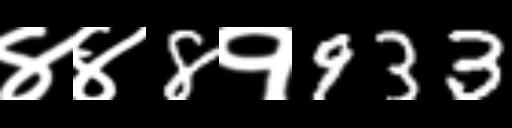
Text: ४४8१933